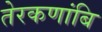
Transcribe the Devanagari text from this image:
तेरकणांबि